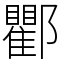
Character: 𨟠